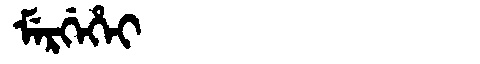
Manchu: ᠮᡝᡵᡤᡝᡥᡝᡳ
Romanization: MERGEHEI